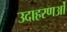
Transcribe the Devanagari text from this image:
उदाहरणओं